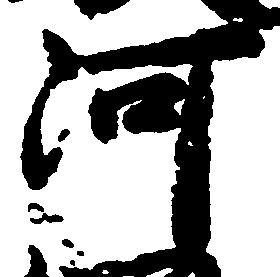
河